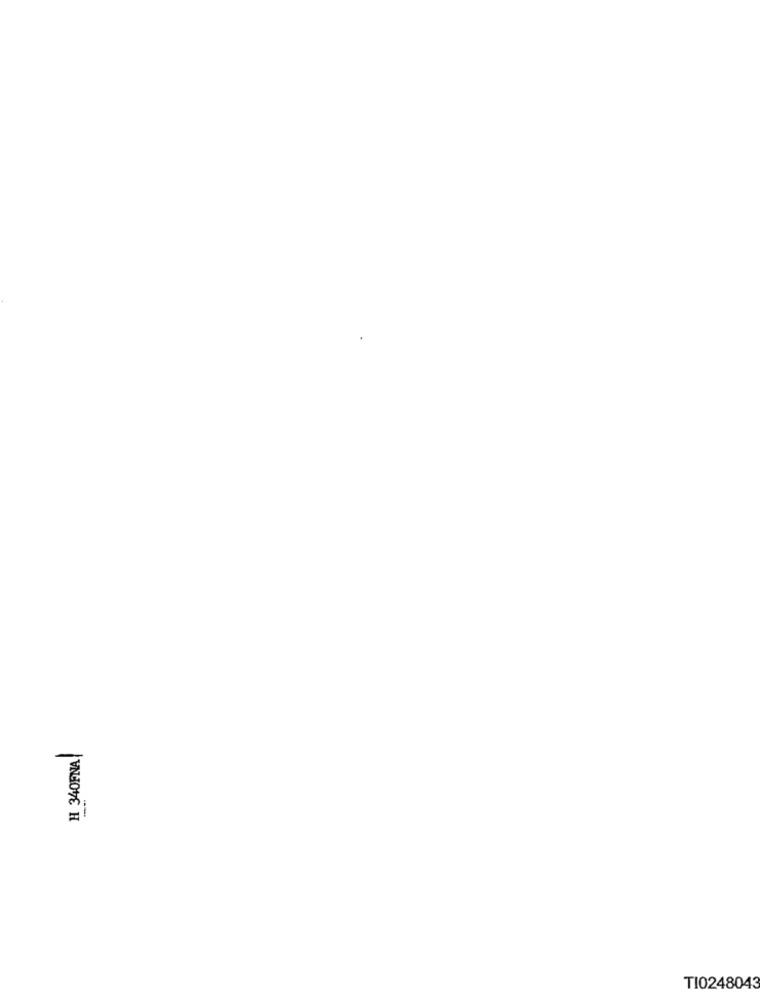
H 340FNA
TI0248043